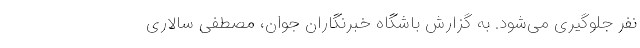
نفر جلوگیری می‌شود. به گزارش باشگاه خبرنگاران جوان، مصطفی سالاری